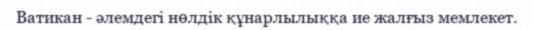
Ватикан - әлемдегі нөлдік құнарлылыққа ие жалғыз мемлекет.